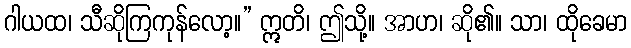
ဂါယထ၊ သီဆိုကြကုန်လော့။” ဣတိ၊ ဤသို့။ အာဟ၊ ဆို၏။ သာ၊ ထိုခေမာ